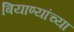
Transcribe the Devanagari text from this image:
बियाण्यांच्या